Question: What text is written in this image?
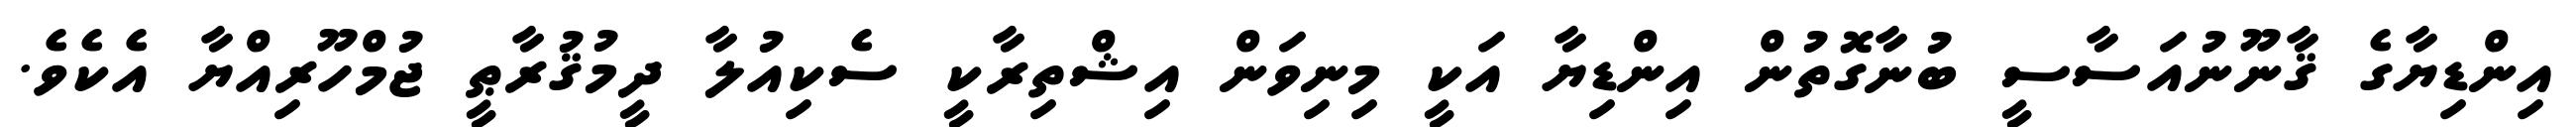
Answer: އިންޑިޔާގެ ޤާނޫނުއަސާސީ ބުނާގޮތުން އިންޑިޔާ އަކީ މިނިވަން އިޝްތިރާކީ ސެކިއުލާ ދީމުޤުރާޠީ ޖުމްހޫރިއްޔާ އެކެވެ.